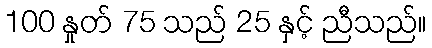
100 နှုတ် 75 သည် 25 နှင့် ညီသည်။